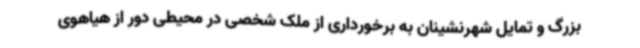
بزرگ و تمایل شهرنشینان به برخورداری از ملک شخصی در محیطی دور از هیاهوی